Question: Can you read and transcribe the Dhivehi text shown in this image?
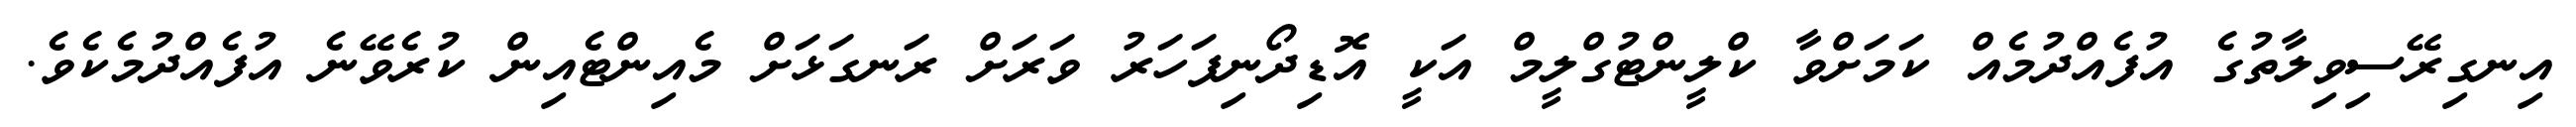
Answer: އިނގިރޭސިވިލާތުގެ އުފެއްދުމެއް ކަމަށްވާ ކްލީންޓުގްލީމް އަކީ އޮޑިދޯނިފަހަރު ވަރަށް ރަނގަޅަށް މެއިންޓެއިން ކުރެވޭނެ އުފެއްދުމެކެވެ.